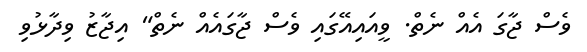
ވެސް ޖާގަ އެއް ނެތް. ވީއައިއޭގައި ވެސް ޖާގައެއް ނެތް" އިޖާޒު ވިދާޅުވި